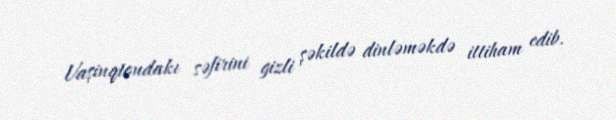
Vaşinqtondakı səfirini gizli şəkildə dinləməkdə ittiham edib.